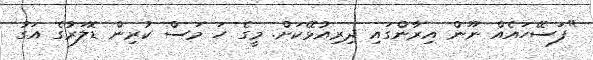
"ފަސޭހައެއް ނޫން އިރާންގައި ދިރިއުޅޭކަށް. މީގެ ހަ މަސް ކުރިން ޑޮލަރުގެ އަގު